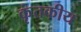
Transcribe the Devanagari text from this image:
कृंतकीय